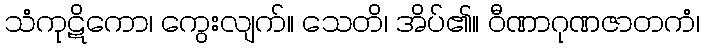
သံကုဋိကော၊ ကွေးလျက်။ သေတိ၊ အိပ်၏။ ဝီဏာဂုဏဇာတကံ၊